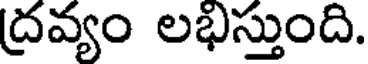
ద్రవ్యం లభిస్తుంది.